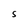
Character: s